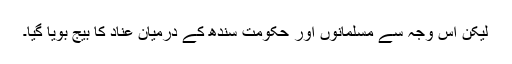
لیکن اس وجہ سے مسلمانوں اور حکومت سندھ کے درمیان عناد کا بیج بویا گیا۔